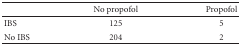
<table><thead><tr><td></td><td><b>No propofol</b></td><td><b>Propofol</b></td></tr></thead><tbody><tr><td>IBS</td><td>125</td><td>5</td></tr><tr><td>No IBS</td><td>204</td><td>2</td></tr></tbody></table>